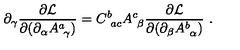
\partial _ { \gamma } { \frac { \partial { \cal L } } { \partial ( \partial _ { \alpha } A _ { \ \gamma } ^ { a } ) } } = C _ { \ a c } ^ { b } A _ { \ \beta } ^ { c } { \frac { \partial { \cal L } } { \partial ( \partial _ { \beta } A _ { \ \alpha } ^ { b } ) } } \ .